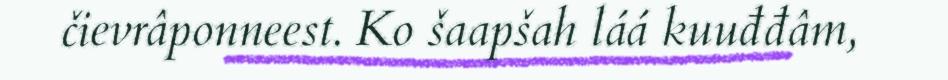
čievrâponneest. Ko šaapšah láá kuuđđâm,